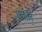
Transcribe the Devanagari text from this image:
संतान्